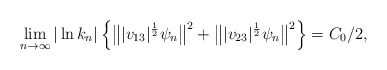
\begin{align*}\lim_{n \to \infty} |\ln k_n| \left\{ \bigl\||v_{13}|^{\frac12}\psi_n\bigr\|^2 + \bigl\||v_{23}|^{\frac12}\psi_n\bigr\|^2 \right\} = C_0/2 , \end{align*}